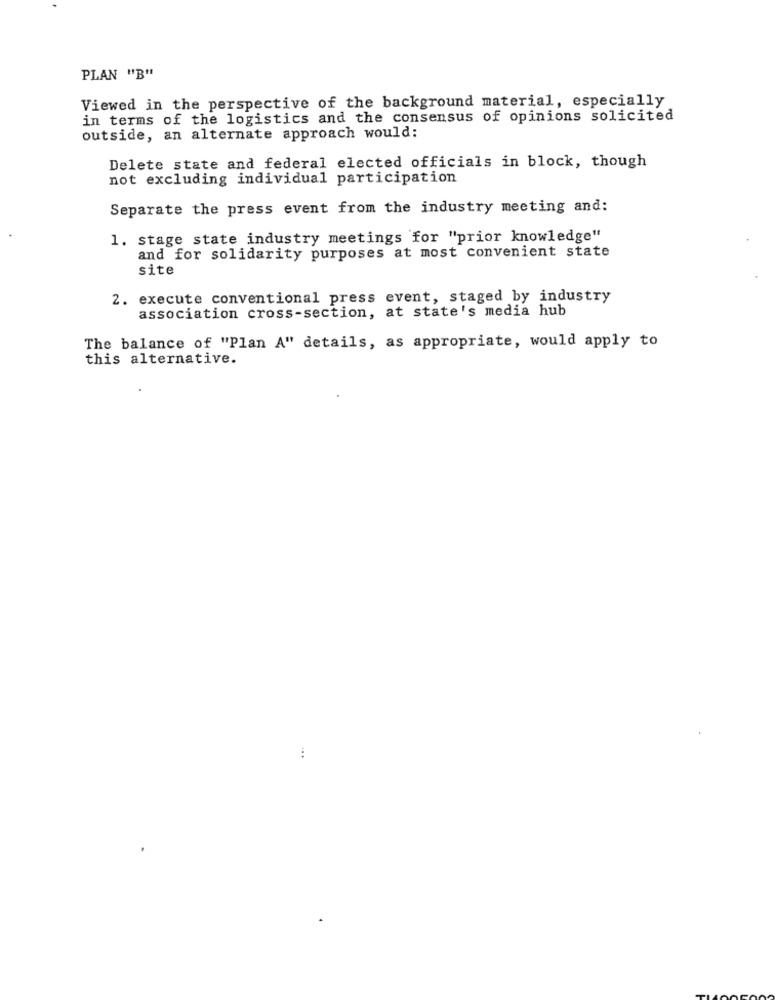
PLAN "B"
Viewed in the perspective of the background material, especially
in terms of the logistics and the consensus of opinions solicited
outside, an alternate approach would:
Delete state and federal elected officials in block, though
not excluding individual participation
Separate the press event from the industry meeting and:
1. stage state industry meetings for "prior knowledge"
and for solidarity purposes at most convenient state
site
2. execute conventional press event, staged by industry
association cross-section, at state's media hub
The balance of "Plan A" details, as appropriate, would apply to
this alternative.
....